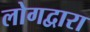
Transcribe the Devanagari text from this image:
लोगद्वारा